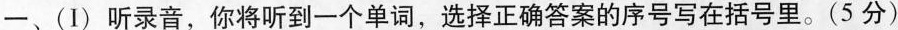
一、(I)听录音,你将听到一个单词,选择正确答案的序号写在括号里.(5 分)